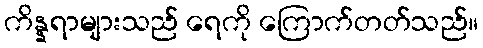
ကိန္နရာများသည် ရေကို ကြောက်တတ်သည်။